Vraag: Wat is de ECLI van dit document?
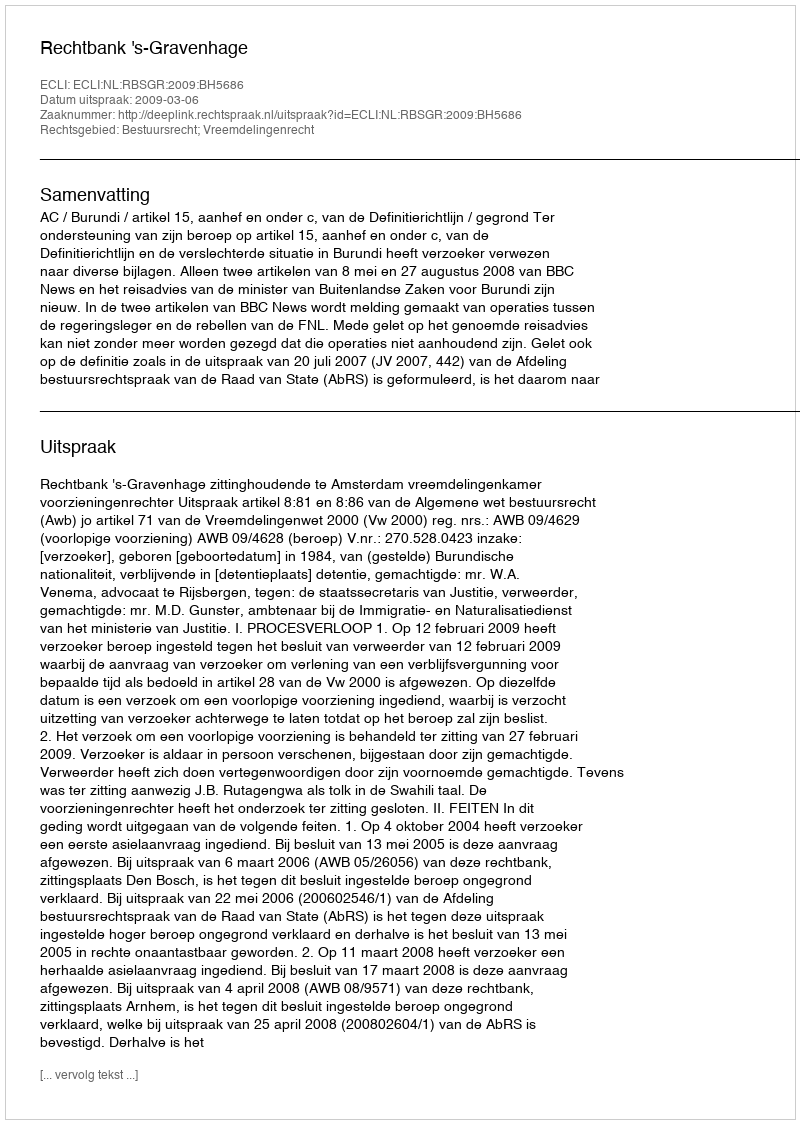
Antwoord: ECLI:NL:RBSGR:2009:BH5686